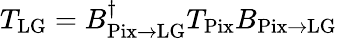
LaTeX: T_{\textrm{LG}}=B_{\textrm{Pix}\rightarrow\textrm{LG}}^{\dagger}T_{\textrm{Pix}}B_{\textrm{Pix}\rightarrow\textrm{LG}}